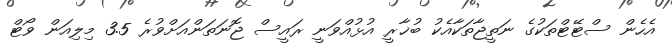
އެހެން ސްޓޭޓްތަކުގެ ނަތީޖާތަކާއެކު ބުޚާރީ އުޅުއްވަނީ ރައީސް ޖޮނަތަންއަށްވުރެ 3.5 މިލިއަން ވޯޓް